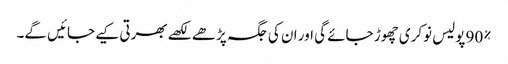
90% پولیس نوکری چھوڑ جائے گی اور ان کی جگہ پڑھے لکھے بھرتی کیے جائیں گے۔